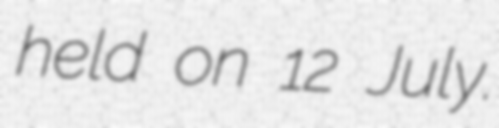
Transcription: held on 12 July.